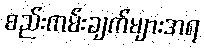
စည်းကမ်းချက်များအရ